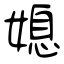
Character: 媳